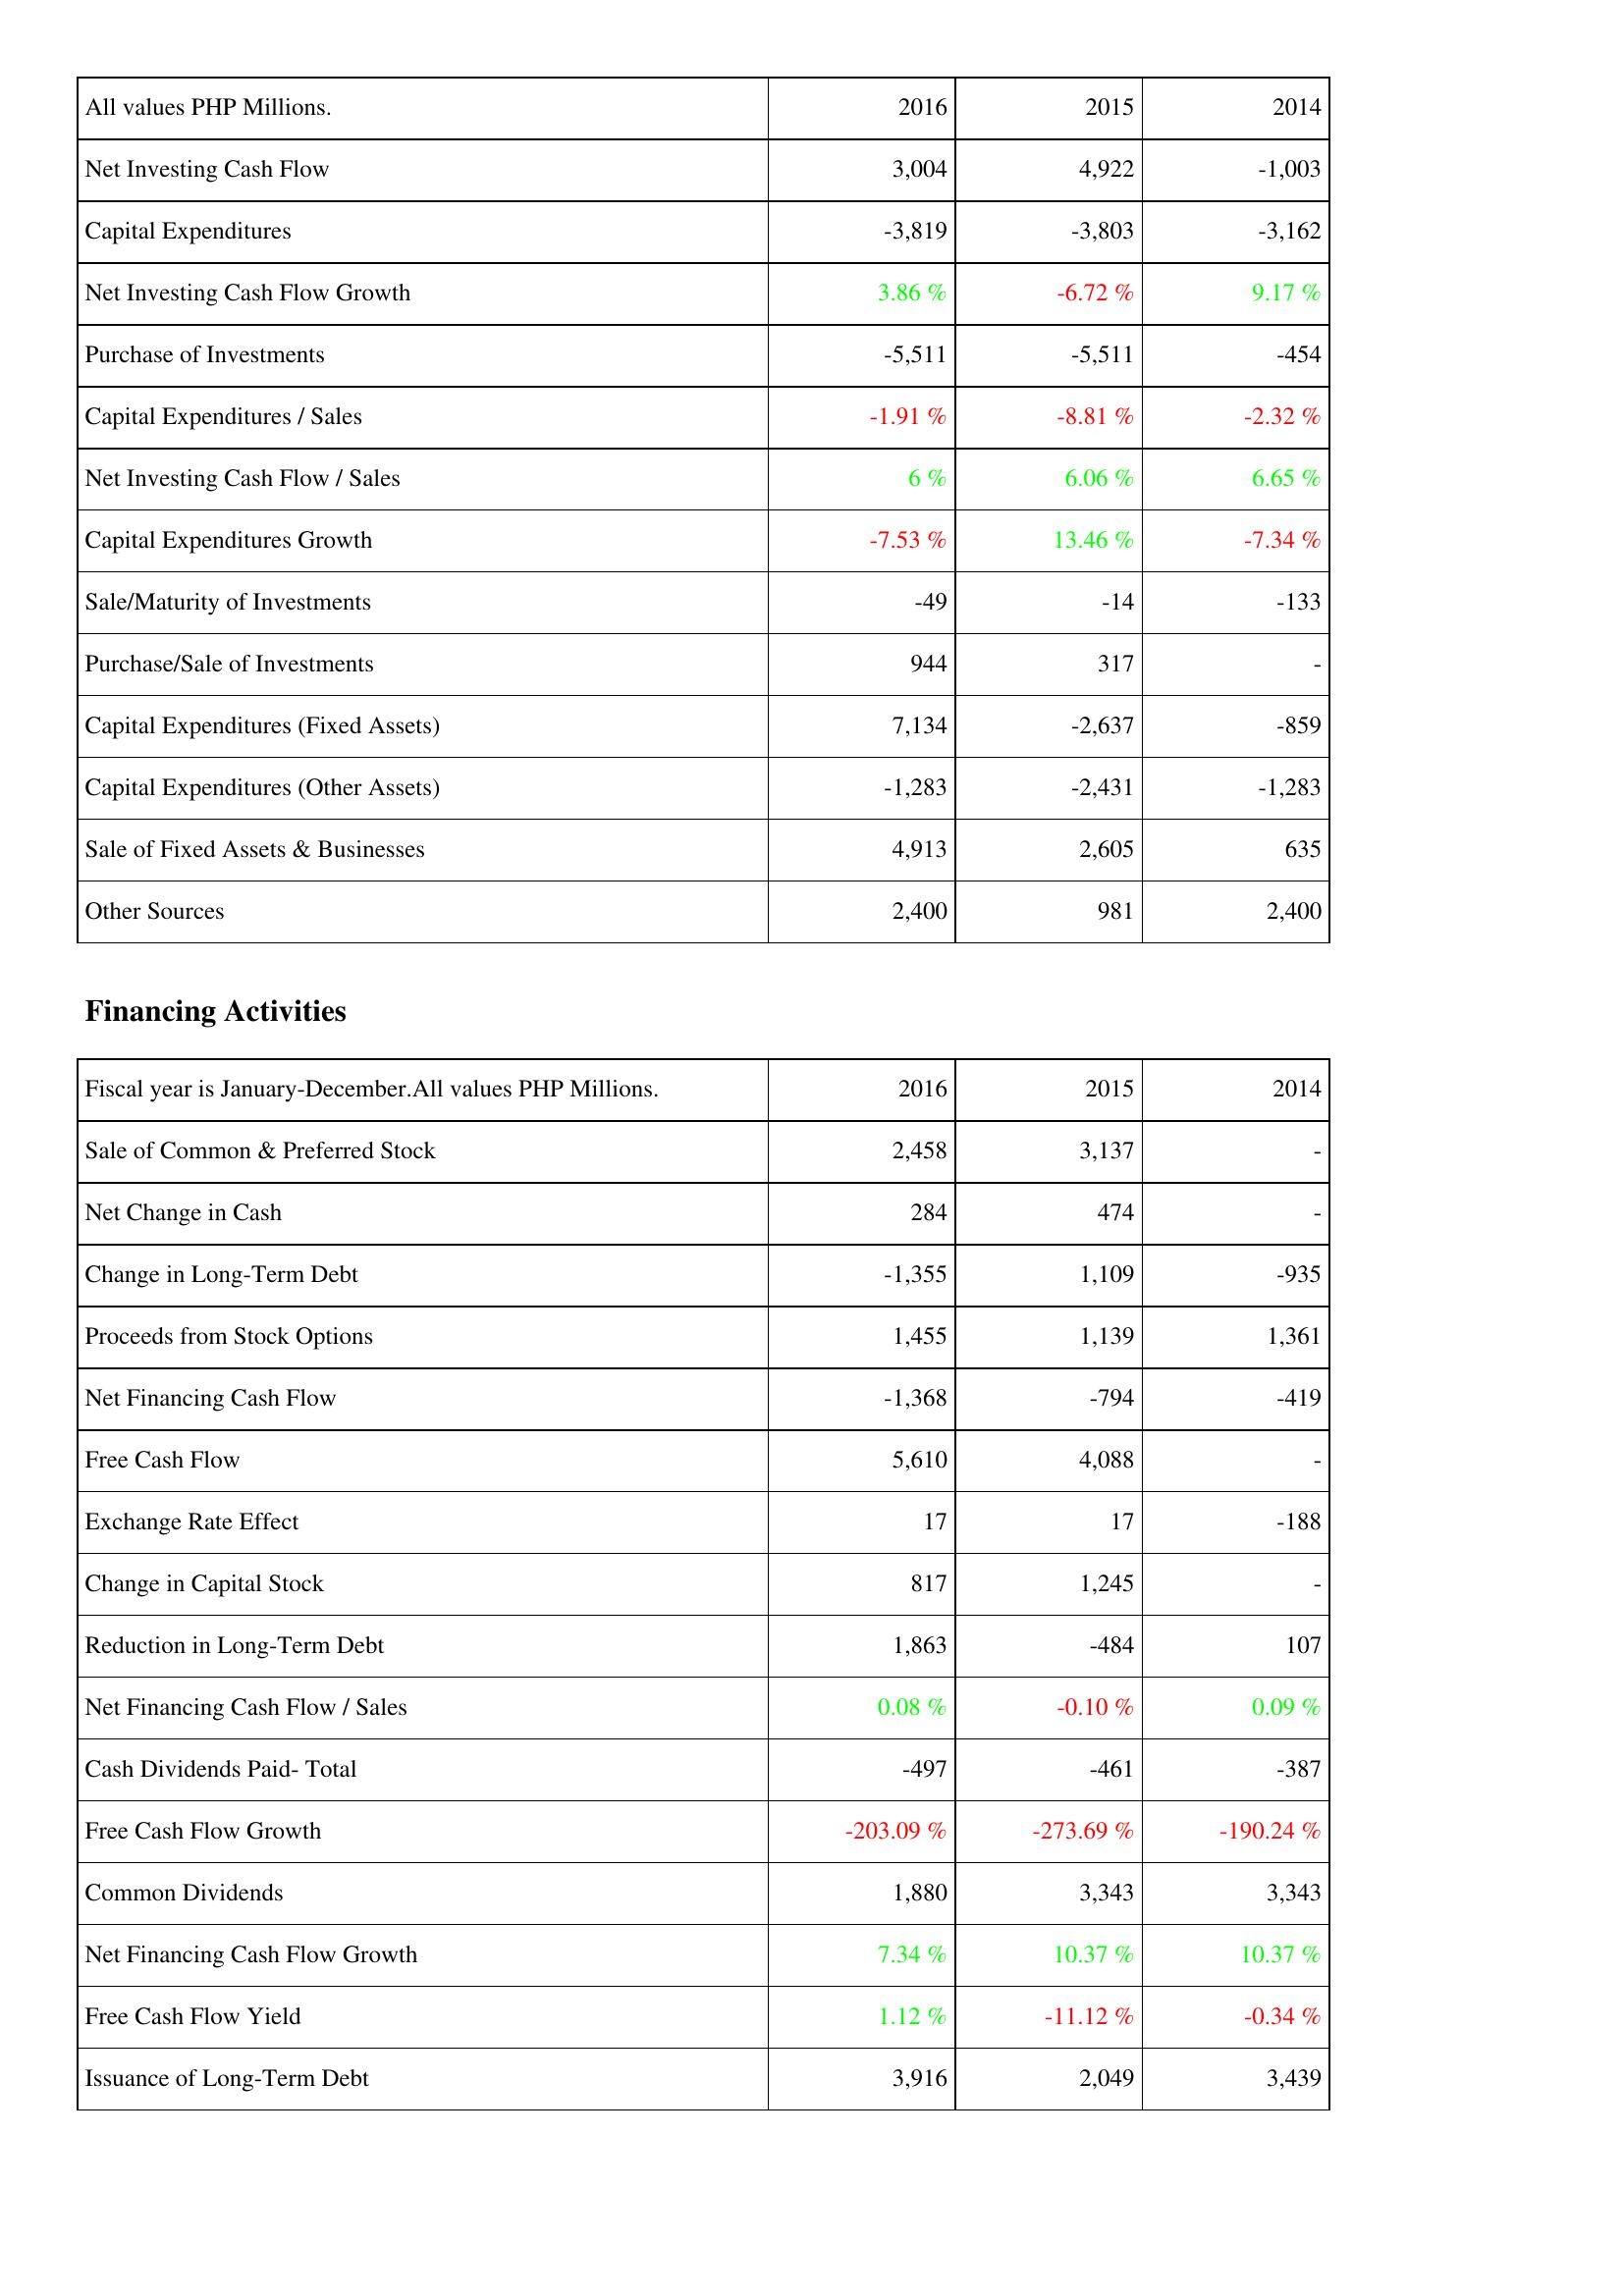
2016: Investing Activities: Net Investing Cash Flow: 3,004
Capital Expenditures: -3,819
Net Investing Cash Flow Growth: 3.86 %
Purchase of Investments: -5,511
Capital Expenditures / Sales: -1.91 %
Net Investing Cash Flow / Sales: 6 %
Capital Expenditures Growth: -7.53 %
Sale/Maturity of Investments: -49
Purchase/Sale of Investments: 944
Capital Expenditures (Fixed Assets): 7,134
Capital Expenditures (Other Assets): -1,283
Sale of Fixed Assets & Businesses: 4,913
Other Sources: 2,400
Financing Activities: Sale of Common & Preferred Stock: 2,458
Net Change in Cash: 284
Change in Long-Term Debt: -1,355
Proceeds from Stock Options: 1,455
Net Financing Cash Flow: -1,368
Free Cash Flow: 5,610
Exchange Rate Effect: 17
Change in Capital Stock: 817
Reduction in Long-Term Debt: 1,863
Net Financing Cash Flow / Sales: 0.08 %
Cash Dividends Paid- Total: -497
Free Cash Flow Growth: -203.09 %
Common Dividends: 1,880
Net Financing Cash Flow Growth: 7.34 %
Free Cash Flow Yield: 1.12 %
Issuance of Long-Term Debt: 3,916
2015: Investing Activities: Net Investing Cash Flow: 4,922
Capital Expenditures: -3,803
Net Investing Cash Flow Growth: -6.72 %
Purchase of Investments: -5,511
Capital Expenditures / Sales: -8.81 %
Net Investing Cash Flow / Sales: 6.06 %
Capital Expenditures Growth: 13.46 %
Sale/Maturity of Investments: -14
Purchase/Sale of Investments: 317
Capital Expenditures (Fixed Assets): -2,637
Capital Expenditures (Other Assets): -2,431
Sale of Fixed Assets & Businesses: 2,605
Other Sources: 981
Financing Activities: Sale of Common & Preferred Stock: 3,137
Net Change in Cash: 474
Change in Long-Term Debt: 1,109
Proceeds from Stock Options: 1,139
Net Financing Cash Flow: -794
Free Cash Flow: 4,088
Exchange Rate Effect: 17
Change in Capital Stock: 1,245
Reduction in Long-Term Debt: -484
Net Financing Cash Flow / Sales: -0.10 %
Cash Dividends Paid- Total: -461
Free Cash Flow Growth: -273.69 %
Common Dividends: 3,343
Net Financing Cash Flow Growth: 10.37 %
Free Cash Flow Yield: -11.12 %
Issuance of Long-Term Debt: 2,049
2014: Investing Activities: Net Investing Cash Flow: -1,003
Capital Expenditures: -3,162
Net Investing Cash Flow Growth: 9.17 %
Purchase of Investments: -454
Capital Expenditures / Sales: -2.32 %
Net Investing Cash Flow / Sales: 6.65 %
Capital Expenditures Growth: -7.34 %
Sale/Maturity of Investments: -133
Purchase/Sale of Investments: -
Capital Expenditures (Fixed Assets): -859
Capital Expenditures (Other Assets): -1,283
Sale of Fixed Assets & Businesses: 635
Other Sources: 2,400
Financing Activities: Sale of Common & Preferred Stock: -
Net Change in Cash: -
Change in Long-Term Debt: -935
Proceeds from Stock Options: 1,361
Net Financing Cash Flow: -419
Free Cash Flow: -
Exchange Rate Effect: -188
Change in Capital Stock: -
Reduction in Long-Term Debt: 107
Net Financing Cash Flow / Sales: 0.09 %
Cash Dividends Paid- Total: -387
Free Cash Flow Growth: -190.24 %
Common Dividends: 3,343
Net Financing Cash Flow Growth: 10.37 %
Free Cash Flow Yield: -0.34 %
Issuance of Long-Term Debt: 3,439